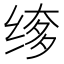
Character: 𬘲